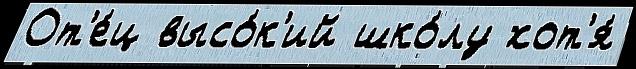
От'е́ц высо́к'ий шко́лу хот'я́